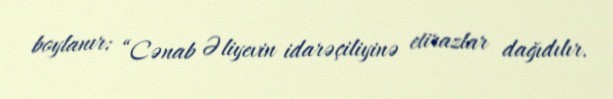
boylanır: “Cənab Əliyevin idarəçiliyinə etirazlar dağıdılır.